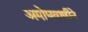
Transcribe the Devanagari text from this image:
अमोघवाणीने